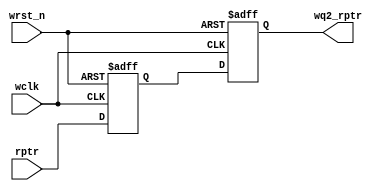
module async_fifo_sync_r2w
   
(
  input   wclk, wrst_n,
  input   [$clog2(DEPTH):0] rptr,
  output reg  [$clog2(DEPTH):0] wq2_rptr//readpointer with write side
);

parameter DEPTH = 16;

  reg [$clog2(DEPTH):0] wq1_rptr;

  always @(posedge wclk or negedge wrst_n)
    if (!wrst_n) {wq2_rptr,wq1_rptr} <= 0;
    else {wq2_rptr,wq1_rptr} <= {wq1_rptr,rptr};

endmodule